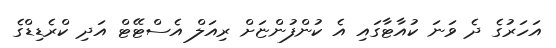
އަހަރުގެ ދެ ވަނަ ކުއާޓާގައި އެ ކުންފުންޏަށް ރިއަލް އެސްޓޭޓް އަދި ކްރެޑިޑްގެ